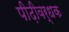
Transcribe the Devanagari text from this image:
पीढ़ीवर्धक